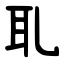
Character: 耴